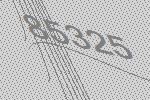
85325